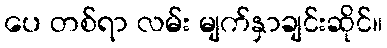
ပေ တစ်ရာ လမ်း မျက်နှာချင်းဆိုင်။